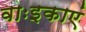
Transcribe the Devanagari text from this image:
वाःइकाएं